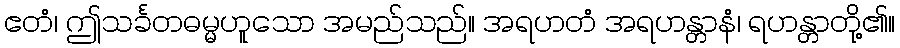
ဧတံ၊ ဤသင်္ခတဓမ္မဟူသော အမည်သည်။ အရဟတံ အရဟန္တာနံ၊ ရဟန္တာတို့၏။